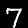
Digit: 7